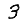
Digit: 3